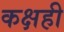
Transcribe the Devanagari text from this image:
कक्षही